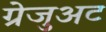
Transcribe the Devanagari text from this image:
ग्रेजुअट